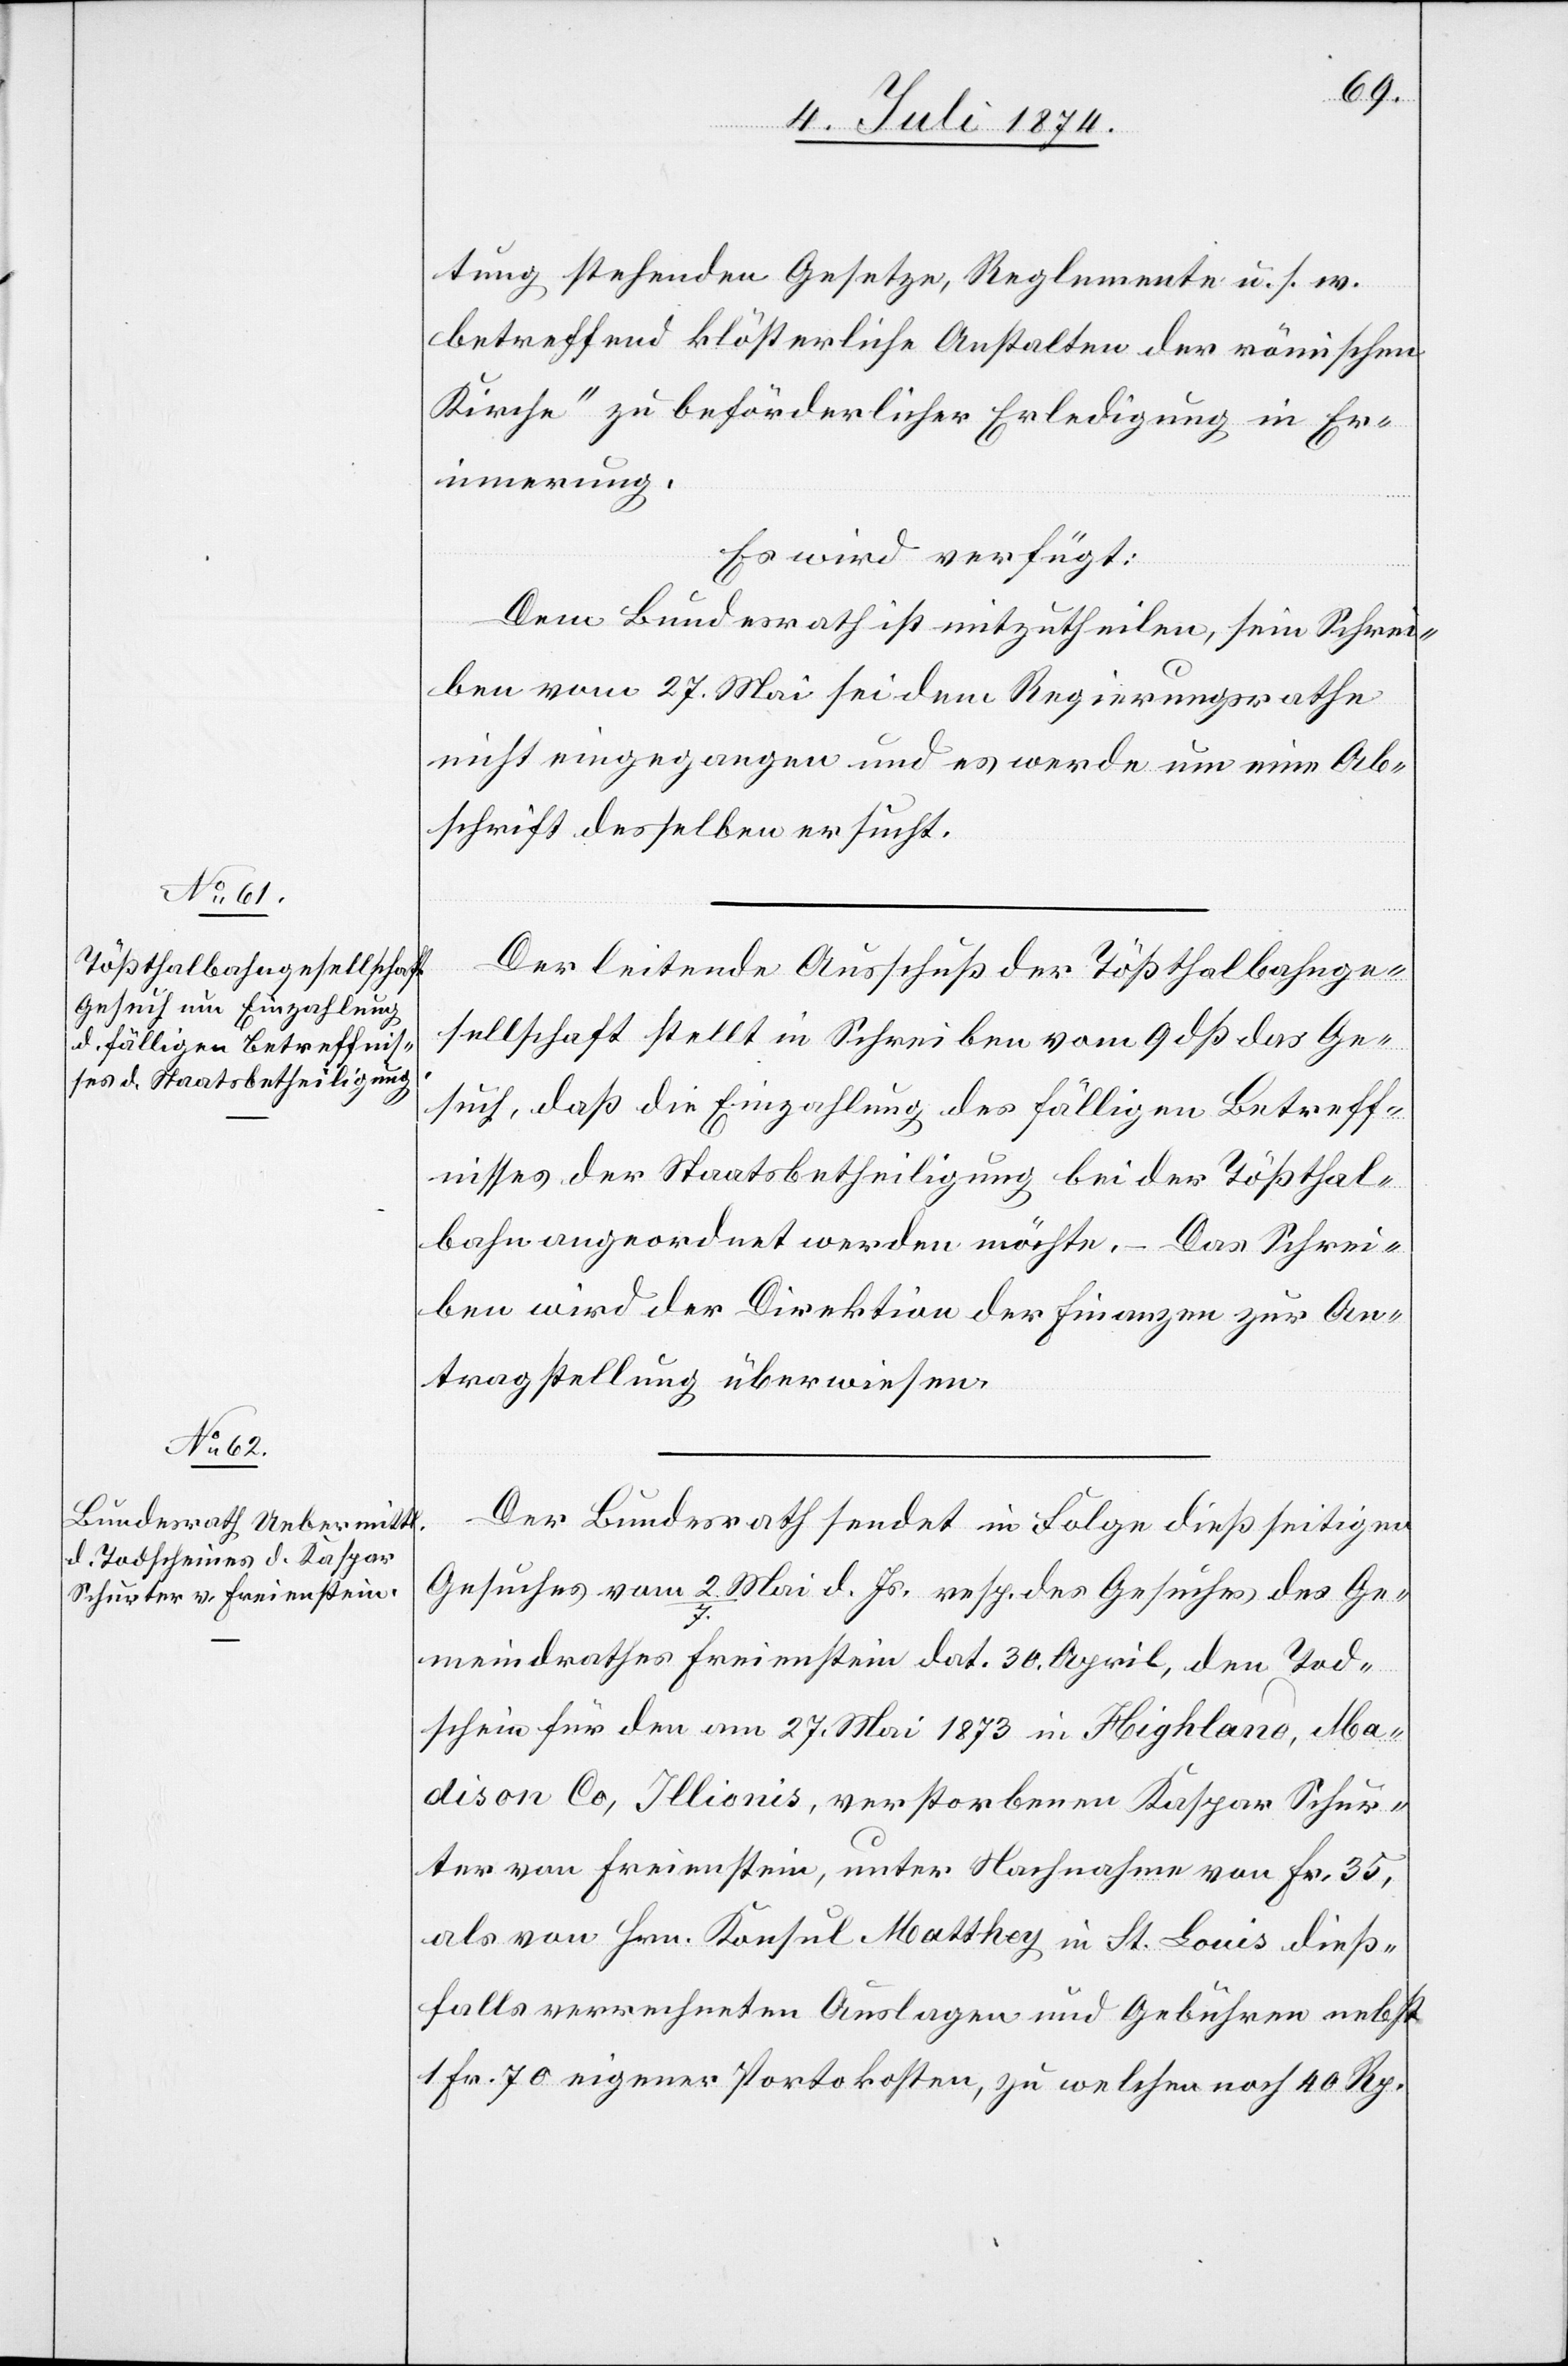
10. Juli 1874.]
tung stehenden Gesetze, Reglemente u. s. w.
betreffend klösterliche Anstalten der römischen
Kirche“ zu beförderlicher Erledigung in Er¬
innerung.
Es wird verfügt:
Dem Bundesrath ist mitzutheilen, sein Schrei¬
ben vom 27. Mai sei dem Regierungsrathe
nicht eingegangen und es werde um eine Ab¬
schrift desselben ersucht.
Der leitende Ausschuß der Tößthalbahnge¬
sellschaft stellt in Schreiben vom 9. dß das Ge¬
such, daß die Einzahlung des fälligen Betreff¬
nisses der Staatsbetheiligung bei der Tößthal¬
bahn angeordnet werden möchte. – Das Schrei¬
ben wird der Direktion der Finanzen zu An¬
tragstellung überwiesen.
Der Bundesrath sendet in Folge dießseitigen
Gesuches vom 2./7. Mai d. Js. resp. des Gesuches des Ge¬
meindrathes Freienstein dat. 30. April, den Tod¬
schein für den am 27. Mai 1873 in Highland, Ma¬
dison Co, Illionis [sic!], verstorbenen Kaspar Schur¬
ter von Freienstein, unter Nachnahme von Fr. 35,
als von Hrn. Konsul Matthey in St. Louis dieß¬
falls verrechneten Auslagen und Gebühren nebst
1 Fr. 70 eigener Portokosten, zu welchen noch 40 Rp.